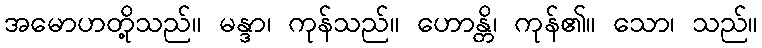
အမောဟတို့သည်။ မန္ဒာ၊ ကုန်သည်။ ဟောန္တိ၊ ကုန်၏။ သော၊ သည်။